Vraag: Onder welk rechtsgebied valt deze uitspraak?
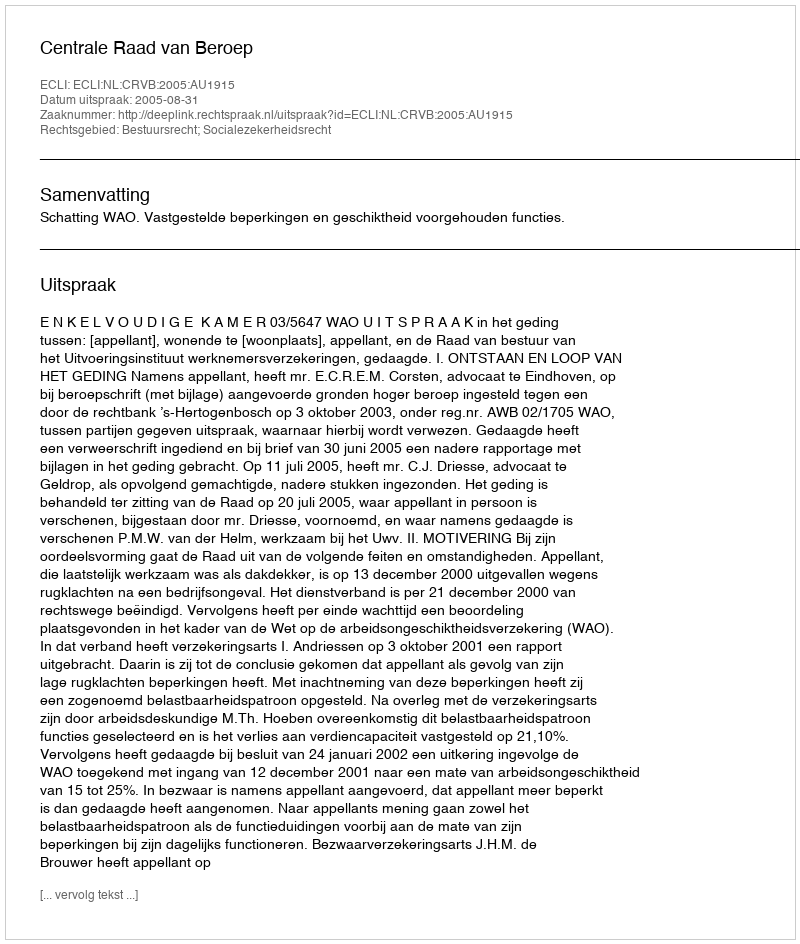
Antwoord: Bestuursrecht; Socialezekerheidsrecht